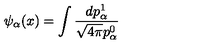
\psi _ { \alpha } ( x ) = \int \frac { d p _ { \alpha } ^ { 1 } } { \sqrt { 4 \pi } p _ { \alpha } ^ { 0 } }